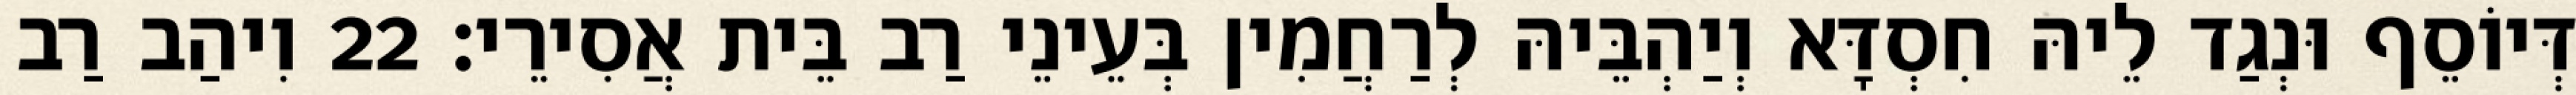
דְּיוֹסֵף וּנְגַד לֵיהּ חִסְדָּא וְיַהְבֵּיהּ לְרַחֲמִין בְּעֵינֵי רַב בֵּית אֲסִירֵי׃ 22 וִיהַב רַב